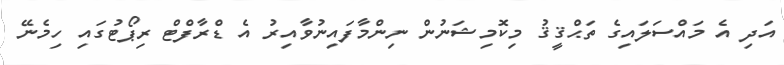
އަދި އެ މައްސަލައިގެ ތަޙްޤީޤު މިކޮމިޝަނުން ނިންމާފައިނުވާއިރު އެ ޑްރާފްޓް ރިޕޯޓުގައި ހިމެނޭ